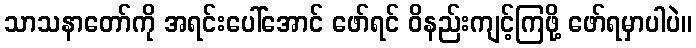
သာသနာတော်ကို အရင်းပေါ်အောင် ဖော်ရင် ဝိနည်းကျင့်ကြဖို့ ဖော်ရမှာပါပဲ။